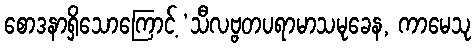
စောဒနာရှိသောကြောင့် ‘သီလဗ္ဗတပရာမာသမုခေန, ကာမေသု